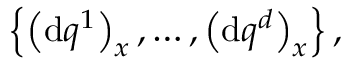
\begin{array} { r } { \left\{ \left( \mathrm { d } q ^ { 1 } \right) _ { x } , \ldots , \left( \mathrm { d } q ^ { d } \right) _ { x } \right\} , } \end{array}